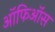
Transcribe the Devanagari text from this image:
ऑफिऑस